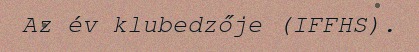
Az év klubedzője (IFFHS).